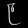
Digit: ၉